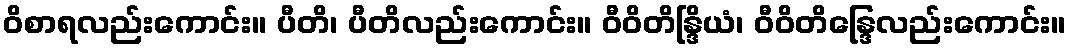
ဝိစာရလည်းကောင်း။ ပီတိ၊ ပီတိလည်းကောင်း။ ဝီဝိတိန္ဒြိယံ၊ ဝီဝိတိန္ဒြေလည်းကောင်း။